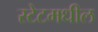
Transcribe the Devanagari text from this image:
स्टेटमधील